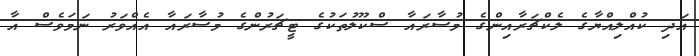
އަދި ކުއްލިއްޔާގެ ލެކްޗަރާއިންގެ މުސާރައާ ސްކޫލުތަކުގެ ޓީޗަރުންގެ މުސާރައާ އެއްވަރު ނަމަވެސް އާ